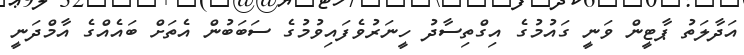
އަދާލަތު ޕާޓީން ވަނީ ގައުމުގެ އިގްތިސާދު ހީނަރުވެފައިވުމުގެ ސަބަބުން އެތަށް ބައެއްގެ އާމްދަނީ